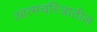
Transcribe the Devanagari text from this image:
आत्मचरित्रातील